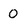
Character: 0